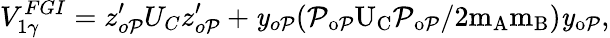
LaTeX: V_{1\gamma}^{FGI}=z_{o\mathcal{P}}^{\prime}U_{C}z_{o\mathcal{P}}^{\prime}+\mathit{y}_{o\mathcal{P}}(\mathbf{\mathcal{P}}\mathrm{{_{o\mathcal{P}}U_{C}\mathbf{\mathcal{P}}\mathrm{{_{o\mathcal{P}}/2m_{A}m_{B})\mathit{y}_{o\mathcal{P}},}}}}